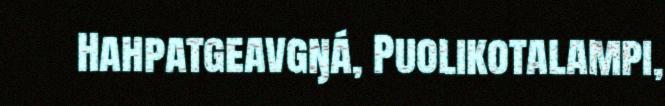
Hahpatgeavgŋá, Puolikotalampi,